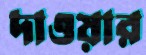
দাওয়ার